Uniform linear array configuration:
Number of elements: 64
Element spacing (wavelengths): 0.25
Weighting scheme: hamming
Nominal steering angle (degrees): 45
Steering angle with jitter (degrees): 44.372
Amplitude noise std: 0.05
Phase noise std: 0.05

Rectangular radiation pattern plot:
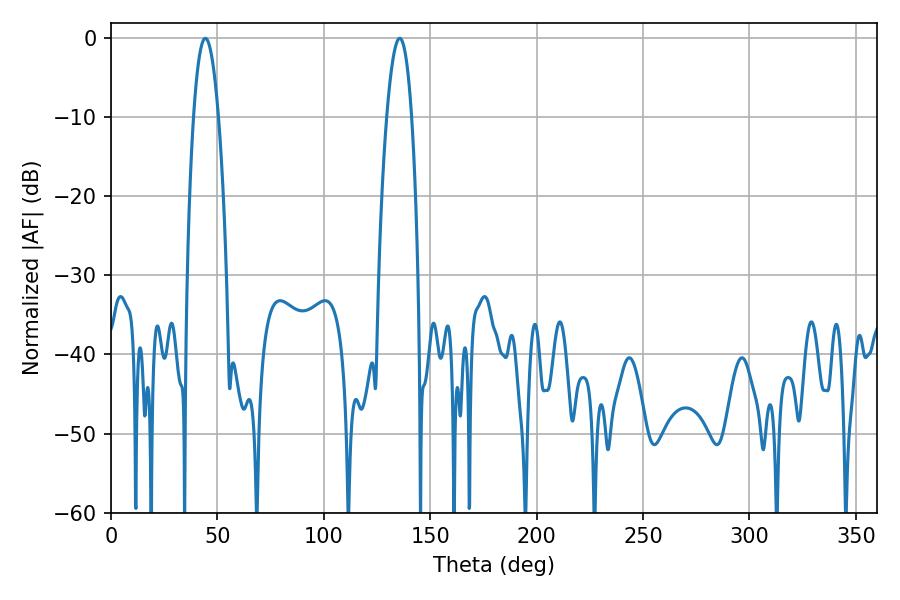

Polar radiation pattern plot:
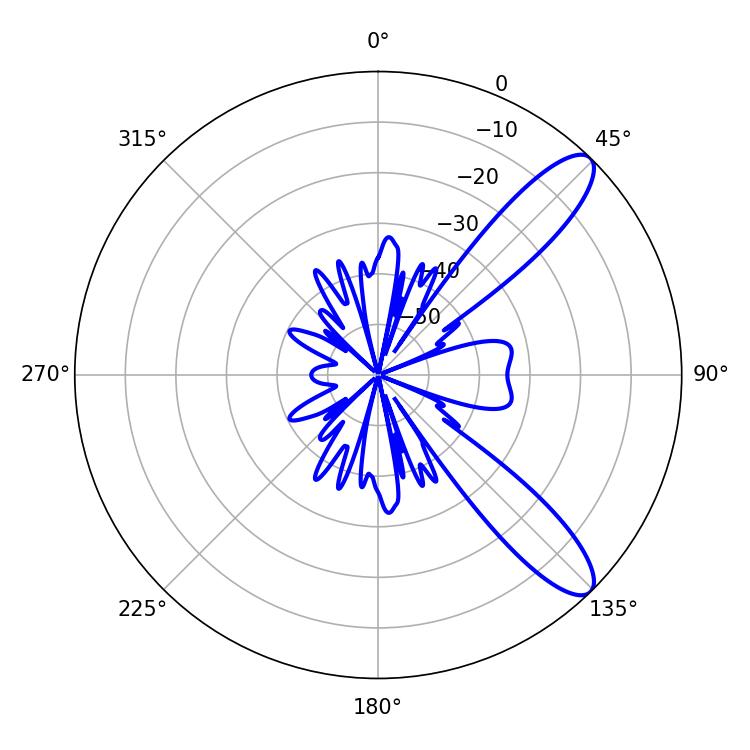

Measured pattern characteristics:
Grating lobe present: FALSE
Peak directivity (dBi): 10.7
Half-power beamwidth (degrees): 6.48
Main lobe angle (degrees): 44.28